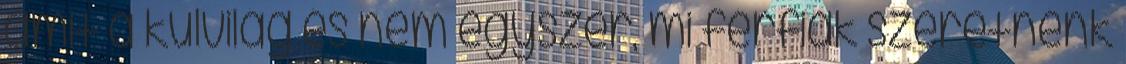
amit a külvilág és nem egyszer, mi férfiak szeretnénk